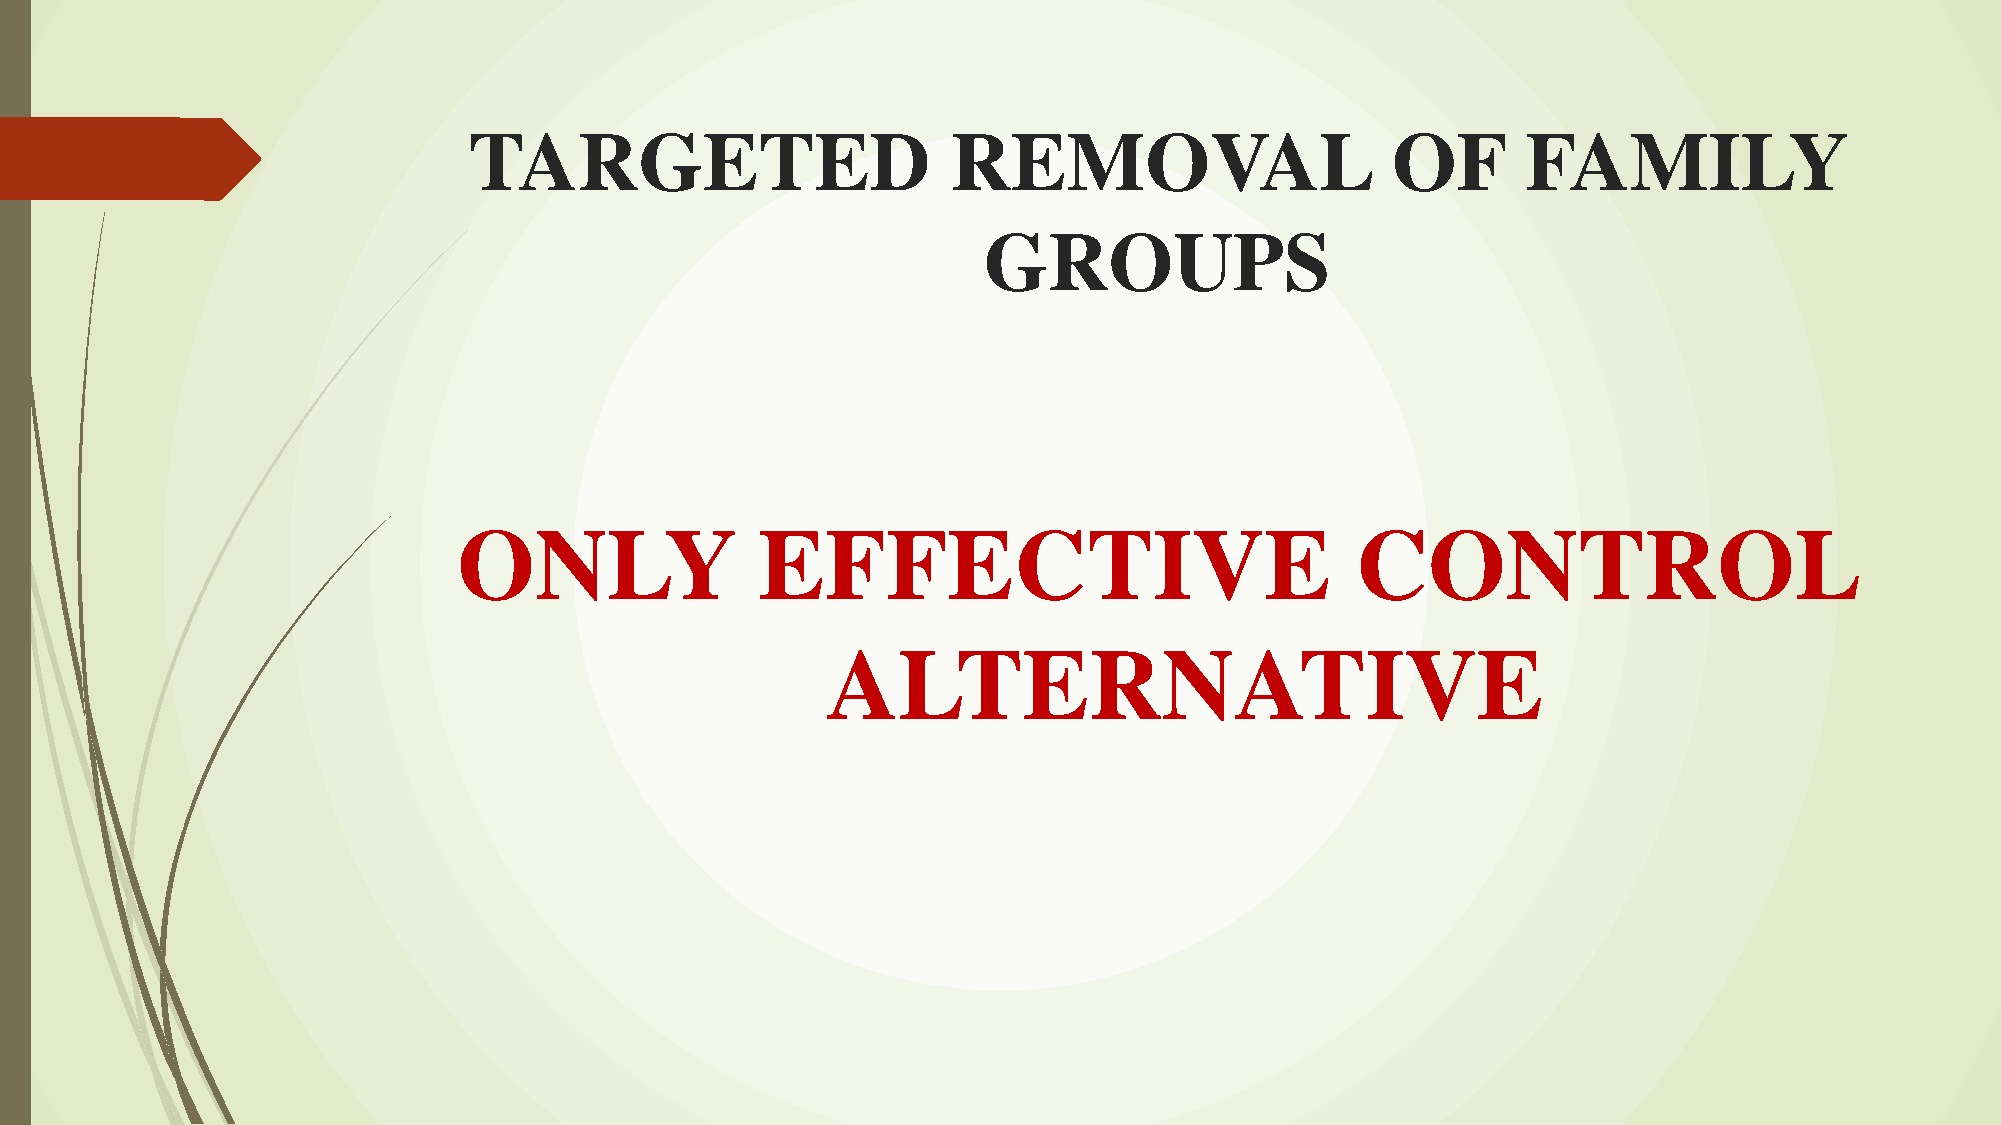
TARGETED                        REMOVAL                      OF       FAMILY
 GROUPS
 ONLY                EFFECTIVE                               CONTROL
 ALTERNATIVE